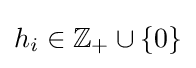
h_{i}\in \mathbb {Z} _{+}\cup \{0\}